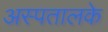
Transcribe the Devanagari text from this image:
अस्पतालके